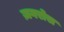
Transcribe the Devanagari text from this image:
ज़गरोस